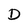
Character: D